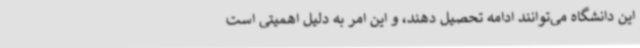
این دانشگاه می‌توانند ادامه تحصیل دهند، و این امر به دلیل اهمیتی است